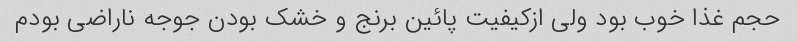
حجم غذا خوب بود ولی ازکیفیت پائین برنج و خشک بودن جوجه ناراضی بودم